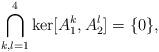
LaTeX: \begin{align*}\bigcap_{k,l=1}^4 \mathrm{ker}[A_1^k,A_2^l]=\lbrace 0 \rbrace,\end{align*}